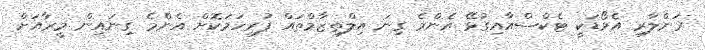
ރަންލާރި އެވޯޑަކީ ޓެކްސްއާއިގުޅޭ އެންމެ ގިނަ އިލްތިޒާމްތައް ފުރިހަމަކޮށް އެންމެ ގިނައިން މީރާއަށް